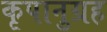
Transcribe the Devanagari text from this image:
कृपानुग्रह